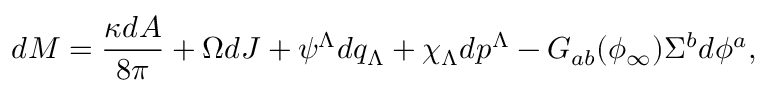
d M = { \frac { \kappa d A } { 8 \pi } } + \Omega d J + \psi ^ { \Lambda } d q _ { \Lambda } + \chi _ { \Lambda } d p ^ { \Lambda } - G _ { a b } ( \phi _ { \infty } ) \Sigma ^ { b } d \phi ^ { a } ,